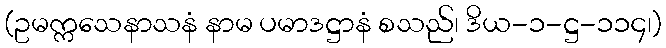
(ဥမက္ကသေနာသနံ နာမ ပမာဒဋ္ဌာနံ စသည်၊ ဒိယ-၁-ဋ္ဌ-၁၁၄၊)